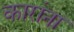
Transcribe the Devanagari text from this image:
कारांना